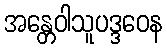
အန္တေဝါသူပဒ္ဒဝေန